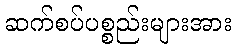
ဆက်စပ်ပစ္စည်းများအား